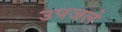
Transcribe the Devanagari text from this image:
उपजले